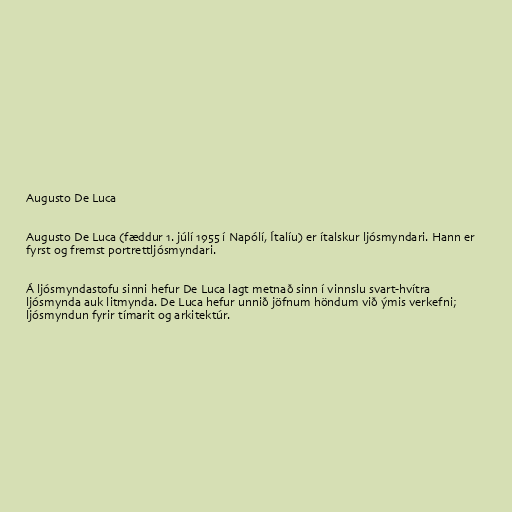
Augusto De Luca

Augusto De Luca (fæddur 1. júlí 1955 í Napólí, Ítalíu) er ítalskur ljósmyndari. Hann er
fyrst og fremst portrettljósmyndari.

Á ljósmyndastofu sinni hefur De Luca lagt metnað sinn í vinnslu svart-hvítra
ljósmynda auk litmynda. De Luca hefur unnið jöfnum höndum við ýmis verkefni;
ljósmyndun fyrir tímarit og arkitektúr.